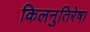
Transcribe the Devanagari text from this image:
किलनुतिरेषा